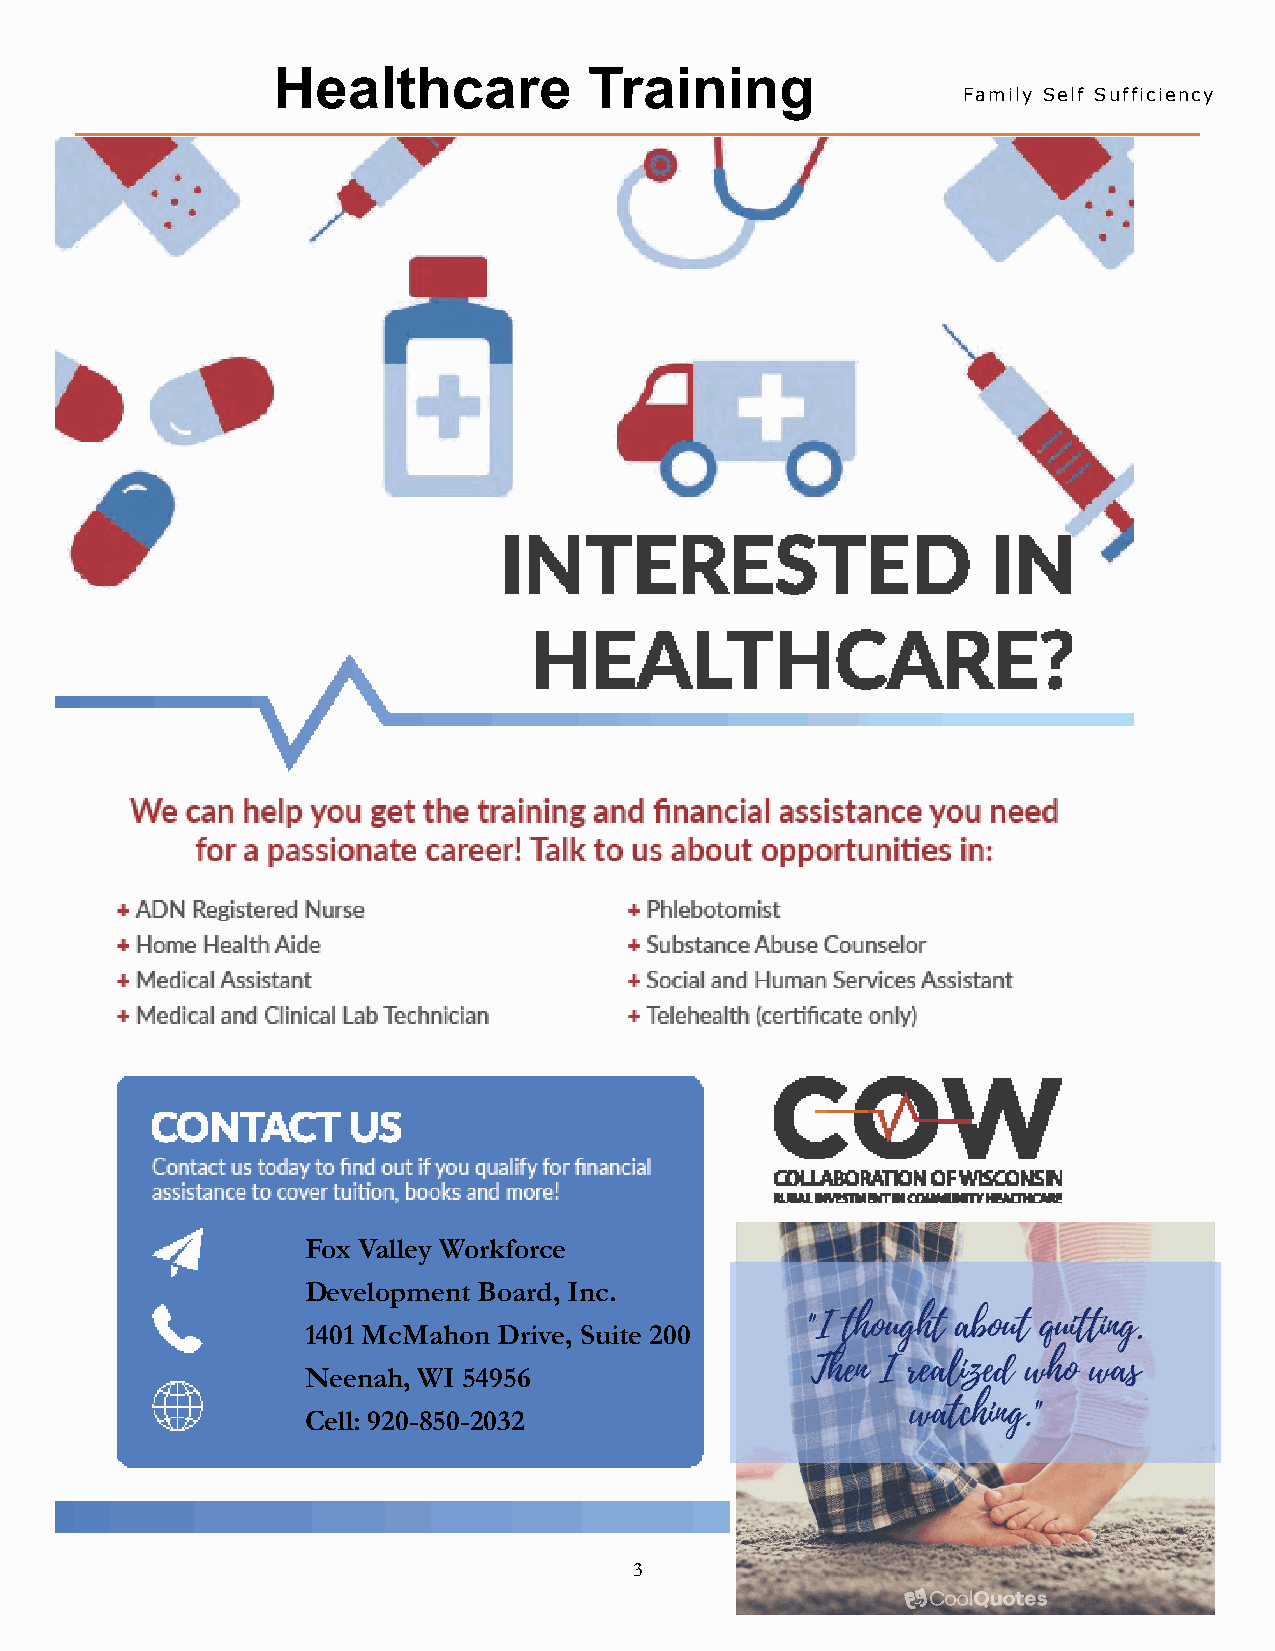
Healthcare           Training
 Family Self Sufficiency
 Fox Valley Workforce
 Development Board, Inc.
 1401 McMahon Drive, Suite 200
 Neenah, WI 54956
 Cell: 920-850-2032
 3